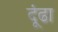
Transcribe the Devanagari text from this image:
दूंढा